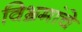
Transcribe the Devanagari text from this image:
विभ्रमांचे